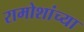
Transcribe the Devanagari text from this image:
रामोशांच्या